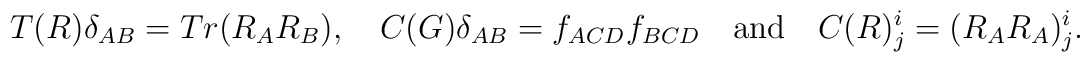
T(R)\delta _{AB} = Tr(R_A R_B),\quad C(G)\delta _{AB} = f_{ACD}f_{BCD}\quad\hbox{and}\quad C(R)^i_j = (R_A R_A)^i_j.